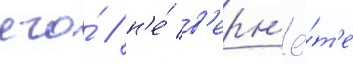
его́ / н'е́ в'ерн'ё́т'е